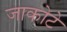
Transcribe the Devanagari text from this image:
जाकोटे